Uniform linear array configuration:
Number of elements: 8
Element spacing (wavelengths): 0.75
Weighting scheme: hann
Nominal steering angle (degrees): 15
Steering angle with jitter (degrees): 13.693
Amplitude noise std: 0.05
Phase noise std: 0.05

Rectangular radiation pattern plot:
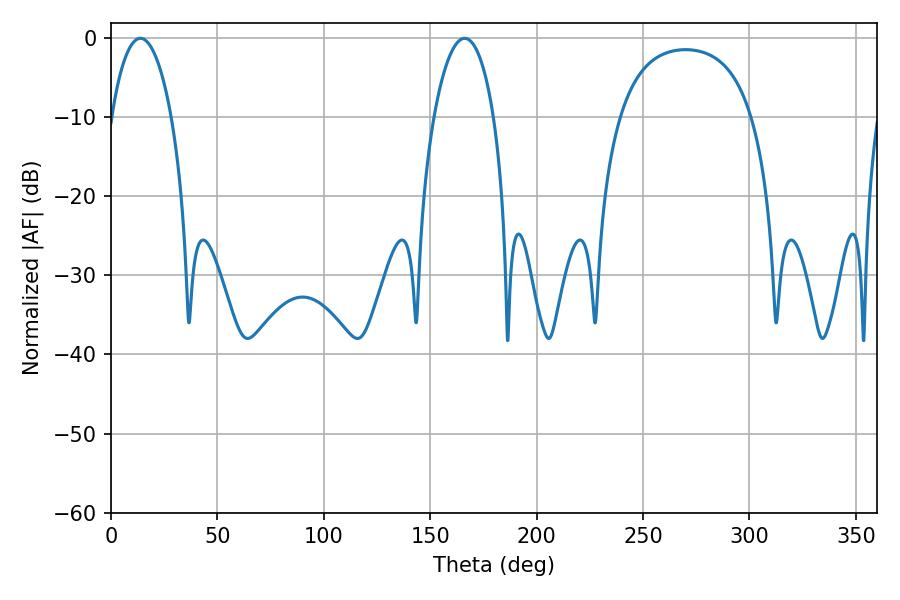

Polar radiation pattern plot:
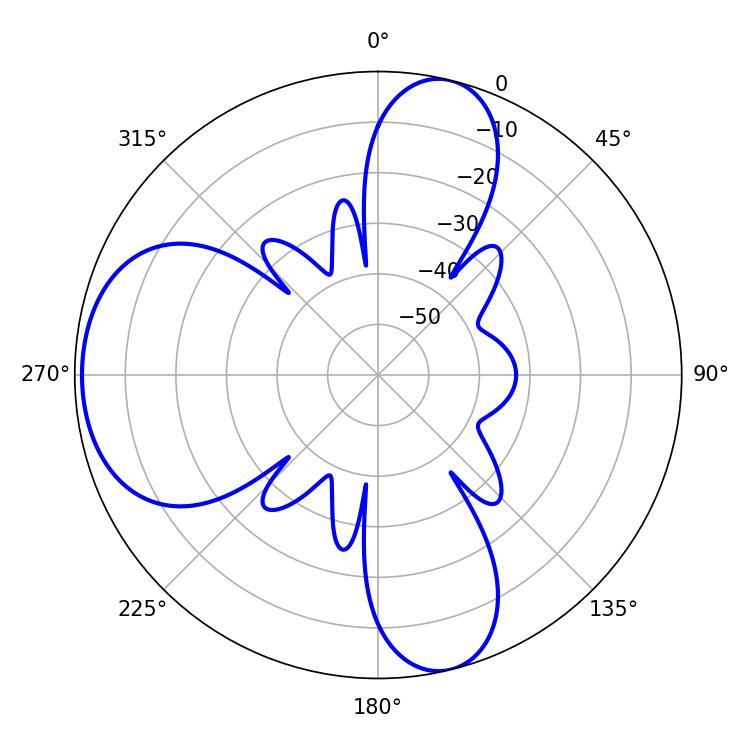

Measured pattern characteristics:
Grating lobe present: TRUE
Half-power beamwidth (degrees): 15.84
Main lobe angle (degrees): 13.86